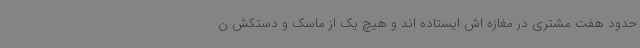
حدود هفت مشتری در مغازه اش ایستاده اند و هیچ یک از ماسک و دستکش ن